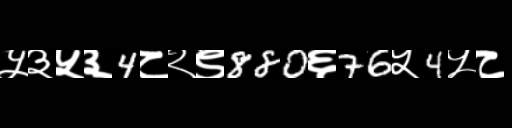
Text: ५३५३4८२९880६76५4५८